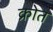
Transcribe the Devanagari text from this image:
क्रोत